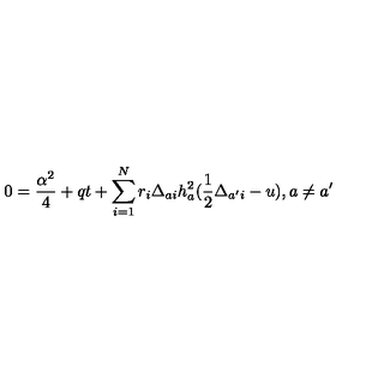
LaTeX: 0 = { \frac { \alpha ^ { 2 } } { 4 } } + q t + \sum _ { i = 1 } ^ { N } r _ { i } \Delta _ { a i } h _ { a } ^ { 2 } ( { \frac { 1 } { 2 } } \Delta _ { a ^ { \prime } i } - u ) , a \not = a ^ { \prime }